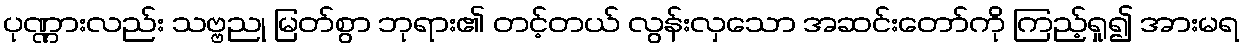
ပုဏ္ဏားလည်း သဗ္ဗညု မြတ်စွာ ဘုရား၏ တင့်တယ် လွန်းလှသော အဆင်းတော်ကို ကြည့်ရှု၍ အားမရ